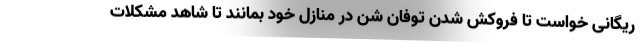
ریگانی خواست تا فروکش شدن توفان شن در منازل خود بمانند تا شاهد مشکلات